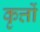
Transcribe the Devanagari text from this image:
कृत्तों